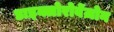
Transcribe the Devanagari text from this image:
डाइक्लोरोबेंज़ोन